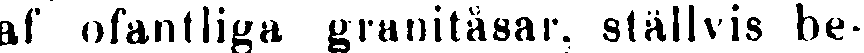
af ofantliga granitåsar, ställvis be-